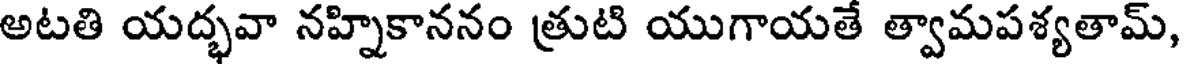
అటతి యద్భవా నహ్నికాననం త్రుటి యుగాయతే త్వామపశ్యతామ్,